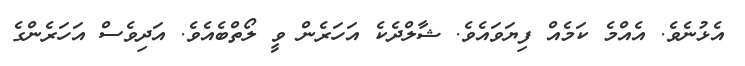
އެޅުނެވެ. އެއްމެ ކަމެއް ފިޔަވައެވެ. ޝާލްދެކެ އަހަރެން ވީ ލޯތްބެއެވެ. އަދިވެސް އަހަރެންގެ